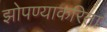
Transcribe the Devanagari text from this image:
झोपण्याकरिता